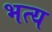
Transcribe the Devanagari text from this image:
भत्य